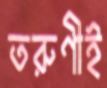
তরুণীই